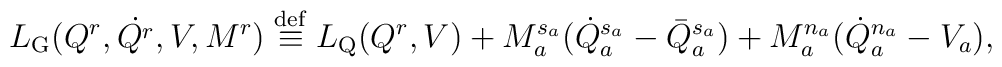
L_{\rm G}(Q^r,\dot{Q^r},V,M^r) \stackrel{\rm def}{\equiv} L_{\rm Q}(Q^r,V) +M_a^{s_a}(\dot{Q}_a ^{s_a} - \bar{Q}_a^{s_a}) + M_a^{n_a}(\dot{Q}_a^{n_a} -V_a),